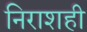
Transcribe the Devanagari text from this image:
निराशही